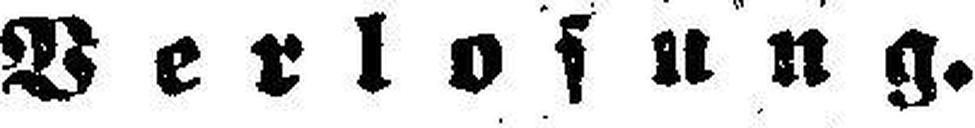
Verlosung.